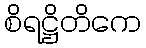
စိရဋ္ဌိတိကေ